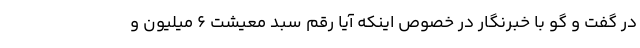
در گفت و گو با خبرنگار در خصوص اینکه آیا رقم سبد معیشت 6 میلیون و